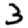
Digit: 3